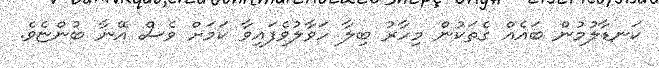
ކަނޑާލުމުން ބައެއް ގެތަކުން މިހާރު ބިލާ ހަވާލުވެފައިވާ ކަމަށް ވެސް އޭނާ ބުންޏެވެ.